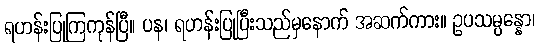
ရဟန်းပြုကြကုန်ပြီ။ ပန၊ ရဟန်းပြုပြီးသည်မှနောက် အဆက်ကား။ ဥပသမ္ပန္နော၊